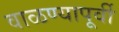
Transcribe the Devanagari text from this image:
वाळण्यापूर्वी